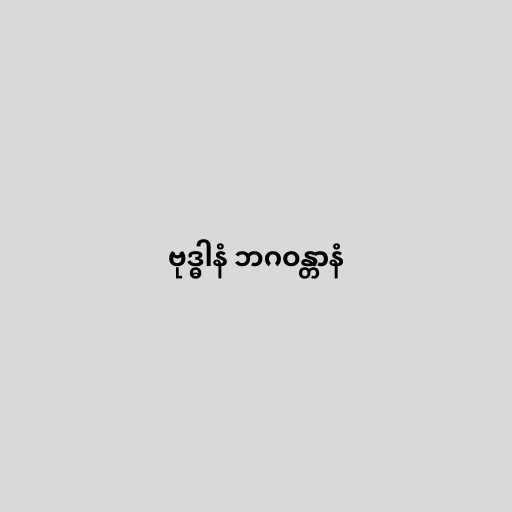
ဗုဒ္ဓါနံ ဘဂဝန္တာနံ